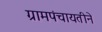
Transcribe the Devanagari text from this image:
ग्रामपंचायतीने